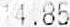
14.85